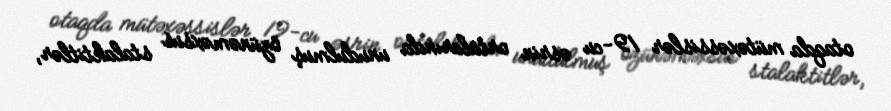
otaqda mütəxəssislər 19-cu əsrin ortalarında unudulmuş özünəməxsus stalaktitlər,